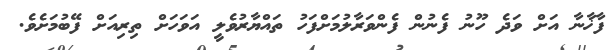
ފާޚާނާ އަށް ވަދެ ހޫނު ފެނުން ފެންވަރާލުމަށްފަހު ތައްޔާރުވެލީ އަވަހަށް ތިރިއަށް ފޭބުމަށެވެ.